Indian journal of veterinary science and animal husbandry - Volume 1,
Year: 1931
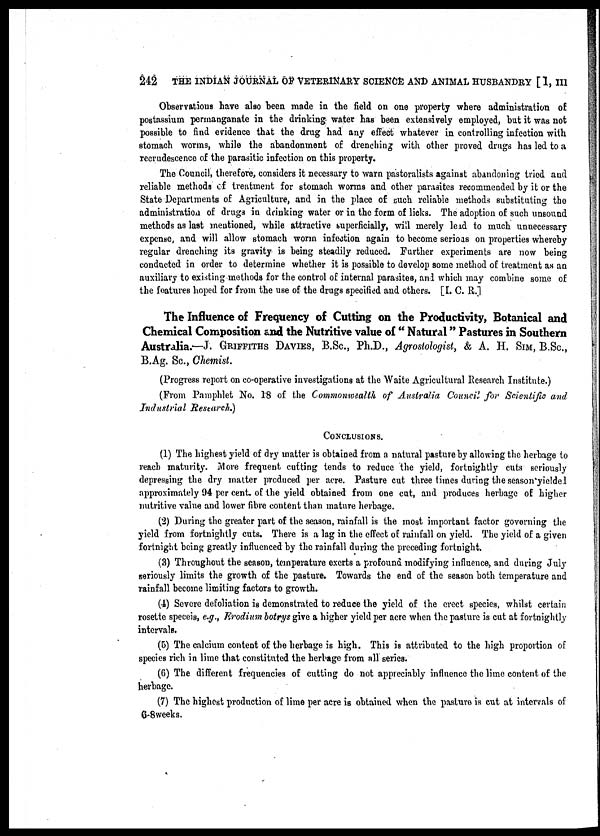
242
THE INDIAN JOURNAL OF VETERINARY SCIENCE AND ANIMAL HUSBANDRY [ I, III
Observations have also been made in the field on one property where administration of
postassium permanganate in the drinking water has been extensively employed, but it was not
possible to find evidence that the drug had any effect whatever in controlling infection with
stomach worms, while the abandonment of drenching with other proved drugs has led to a
recrudescence of the parasitic infection on this property.
The Council, therefore, considers it necessary to warn pastoralists against abandoning tried and
reliable methods of treatment for stomach worms and other parasites recommended by it or the
State Departments of Agriculture, and in the place of such reliable methods substituting the
administration of drugs in drinking water or in the form of licks. The adoption of such unsound
methods as last mentioned, while attractive superficially, will merely lead to much unnecessary
expense, and will allow stomach worm infection again to become serious on properties whereby
regular drenching its gravity is being steadily reduced. Further experiments are now being
conducted in order to determine whether it is possible to develop some method of treatment as an
auxiliary to existing methods for the control of internal parasites, and which may combine some of
the features hoped for from the use of the drugs specified and others. [I. C. R.]
The Influence of Frequency of Cutting on the Productivity, Botanical and
Chemical Composition and the Nutritive value of " Natural" Pastures in Southern
Australia.—J. GRIFFITHS DAVIES, B.Sc., Ph.D., Agroslologist, & A. H. SIM, B.Sc.,
B.Ag. Sc., Chemist.
(Progress report on co-operative investigations at the Waite Agricultural Research Institute.)
(From Pamphlet No. 18 of the Commonwealth of Australia Council for Scientific and
Industrial Research.)
CONCLUSIONS.
(1) The highest yield of dry matter is obtained from a natural pasture by allowing the herbage to
reach maturity. More frequent cutting tends to reduce the yield, fortnightly cuts seriously
depressing the dry matter produced per acre. Pasture cut three times during the season yieldel
approximately 94 per cent. of the yield obtained from one cut, and produces herbage of higher
nutritive value and lower fibre content than mature herbage.
(2) During the greater part of the season, rainfall is the most important factor governing the
yield from fortnightly cuts. There is a lag in the effect of rainfall on yield. The yield of a given
fortnight being greatly influenced by the rainfall during the preceding fortnight.
(3) Throughout the season, temperature exerts a profound modifying influence, and during July
seriously limits the growth of the pasture. Towards the end of the season both temperature and
rainfall become limiting factors to growth.
(4) Severe defoliation is demonstrated to reduce the yield of the erect species, whilst certain
rosette speceis, e.g., Erodium botrys give a higher yield per acre when the pasture is cut at fortnightly
intervals.
(5) The calcium content of the herbage is high. This is attributed to the high proportion of
species rich in lime that constituted the herbage from all series.
(6) The different frequencies of cutting do not appreciably influence the lime content of the
herbage.
(7) The highest production of lime per acre is obtained when the pasture is cut at intervals of
6-8 weeks.